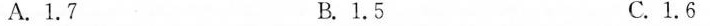
A.1.7 B.1.5 C.1.6